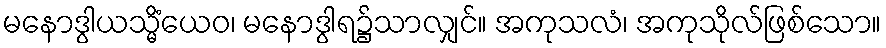
မနောဒွါယသ္မိံယေဝ၊ မနောဒွါရ၌သာလျှင်။ အကုသလံ၊ အကုသိုလ်ဖြစ်သော။